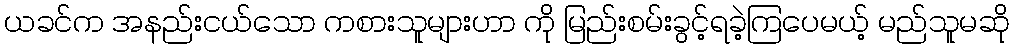
ယခင်က အနည်းငယ်သော ကစားသူများဟာ ကို မြည်းစမ်းခွင့်ရခဲ့ကြပေမယ့် မည်သူမဆို